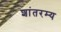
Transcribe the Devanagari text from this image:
शांतरम्य